system: You are a helpful assistant.
user:
Analyze the provided spectrum to determine if it is a **S-type Star**.

- **Key Indicators for S-type Star:**

    - **(Overall Spectrum Shape):** The first and most obvious characteristic is the overall continuum (the "baseline" shape). It is **extremely "red-sloping,"** meaning the flux (light intensity) is very low on the left side (blue, ~4000-4500 Å) and rises steeply and continuously toward the right side (red, ~7000 Å+).

    - **(Primary):** The spectrum is defined by the presence of strong, broad molecular absorption "valleys" (bands) from **Zirconium Oxide (ZrO)**. The identification of these bands is the **primary requirement** for classifying a star as S-type.
        - **(Key Bandheads):** You must find distinct, deep "dips" where the light has been absorbed. The most critical band systems to locate are:
            - **~6474 Å** ($\gamma$-system): This is often the strongest and clearest ZrO feature, found in the red part of the spectrum.
            - **~5718 Å** & **~5551 Å** ($\beta$-system): A pair of prominent absorption features in the yellow-orange part of the spectrum.
            - **~4640 Å** ($\alpha$-system): A key absorption band system in the blue-green region of the spectrum.

    - **(Secondary Confirmation):** The classification is strengthened by finding additional absorption bands from other related heavy element oxides, which are expected to be present alongside ZrO.
        - **(Key Bandheads):**
            - **Yttrium Oxide (YO):** Look for absorption dips near **~4800 Å** and **~6100 Å**.
            - **Lanthanum Oxide (LaO):** Additional absorption features, particularly in the red-orange part of the spectrum, are also characteristic.

    - **(Line Profile):** The combination of the steep red continuum and these numerous, deep molecular bands (ZrO, YO, etc.) gives the entire spectrum a very **"chopped-up"** or **"bumpy"** appearance. Instead of a smooth curve, the spectrum looks as though large, wide chunks of light have been "carved out" of it at the specific wavelengths listed above.

Think first, call **spectral_visualization_tool** if needed to examine features in detail, then provide your final answer. Your response must adhere to the following strict rules:
1.  **Overall Structure:** Your response must follow the format `<think>...</think> <tool_call>...</tool_call> (if a tool is used) <answer>...</answer>`.
2.  **Tool Usage Constraint:** You may only make **one** tool call per turn.
3.  **Final Answer Format:** In the `<answer>` tag, your conclusion must be inside a `\boxed{}` command (e.g., `\boxed{YES}` or `\boxed{NO}`), followed by your justification.

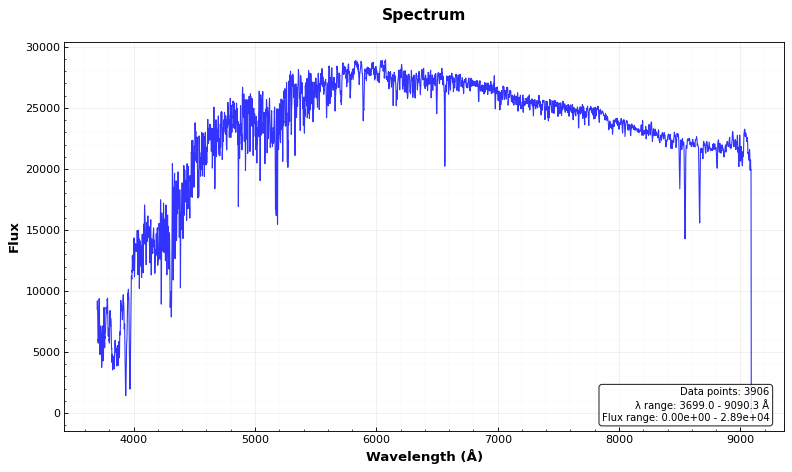
Answer: NO